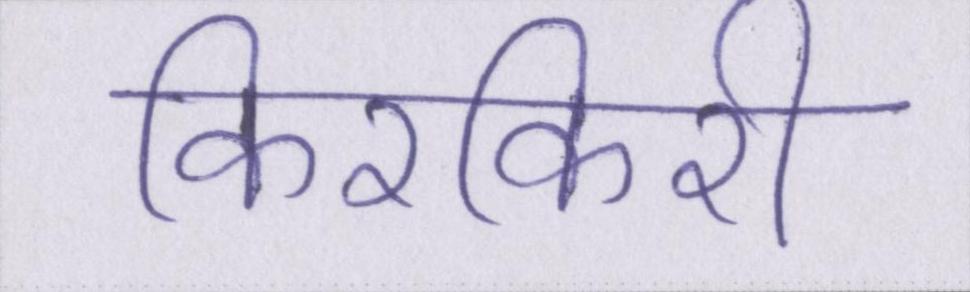
किरकिरी